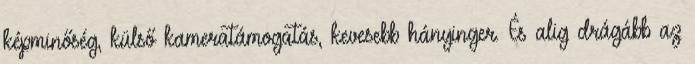
képminőség, külső kameratámogatás, kevesebb hányinger. És alig drágább az